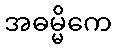
အဓမ္မိကေ